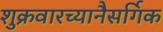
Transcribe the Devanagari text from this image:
शुक्रवारच्यानैसर्गिक